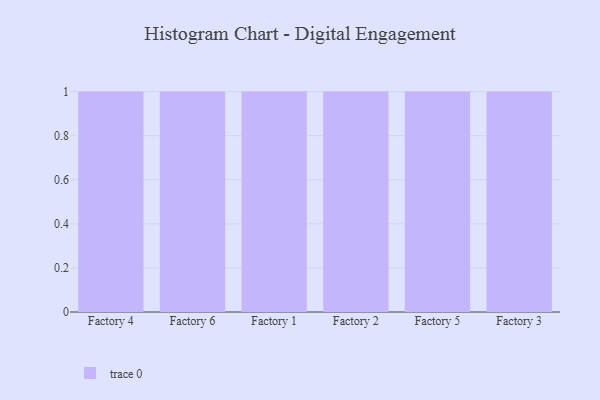
{"axis": {"x": "Factory", "y": "Customer Acquisition Cost (USD)"}, "legend": [""], "data": [{"x": "Factory 4", "y": 90, "type": ""}, {"x": "Factory 6", "y": 76, "type": ""}, {"x": "Factory 1", "y": 43, "type": ""}, {"x": "Factory 2", "y": 36, "type": ""}, {"x": "Factory 5", "y": 5, "type": ""}, {"x": "Factory 3", "y": 2, "type": ""}]}